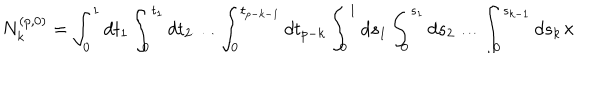
LaTeX: N _ { k } ^ { ( p , 0 ) } = \int _ { 0 } ^ { 1 } d t _ { 1 } \int _ { 0 } ^ { t _ { 1 } } d t _ { 2 } \ldots \int _ { 0 } ^ { t _ { p - k - 1 } } d t _ { p - k } \int _ { 0 } ^ { 1 } d s _ { 1 } \int _ { 0 } ^ { s _ { 1 } } d s _ { 2 } \ldots \int _ { 0 } ^ { s _ { k - 1 } } d s _ { k } \times